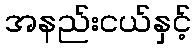
အနည်းငယ်နှင့်